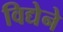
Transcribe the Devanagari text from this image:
विद्येने